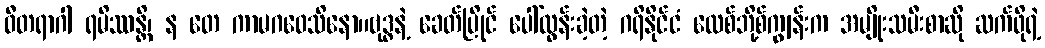
ဝီတရာဂါ ရမိဿန္တိ၊ န တေ ကာမဂဝေသိနော။ဗုဒ္ဓနဲ့ ခေတ်ပြိုင် ပေါ်ထွန်းခဲ့တဲ့ ဂရိနိုင်ငံ လေစ်ဘို့စ်ကျွန်းက အမျိုးသမီးစာဆို ဆက်ဖိုရဲ့